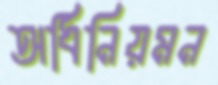
অধিনিয়মন